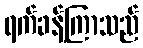
ရက်ခန့်ကြာသည်